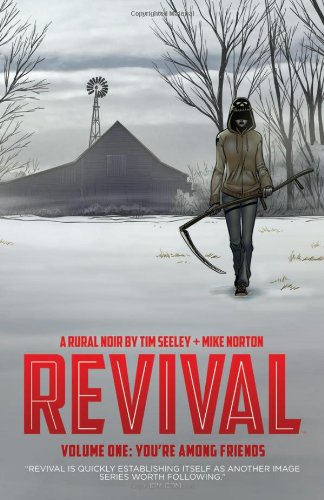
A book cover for Revival, Vol. 1: You're Among Friends; Tim Seeley; Comics & Graphic Novels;